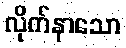
လိုက်နာသော